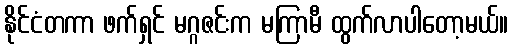
နိုင်ငံတကာ ဖက်ရှင် မဂ္ဂဇင်းက မကြာမီ ထွက်လာပါတော့မယ်။